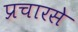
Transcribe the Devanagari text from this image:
प्रचारसे